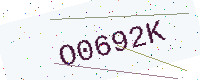
Text: O0692K